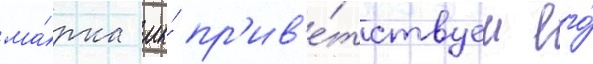
ма́рка мы́ пр'ив'е́тствуем его́